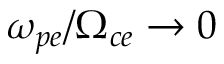
\omega _ { p e } / \Omega _ { c e } \rightarrow 0